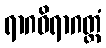
ရာဂဝိရာဂတ္ထံ